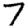
Digit: 7